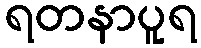
ရတနာပူရ